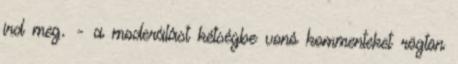
írd meg. - a moderálást kétségbe vonó kommenteket rögtön